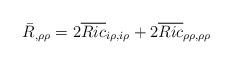
LaTeX: \begin{align*}\bar{R}_{,\rho\rho}=2\overline{Ric}_{i\rho,i\rho}+2\overline{Ric}_{\rho\rho,\rho\rho}\end{align*}